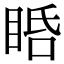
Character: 𥆠